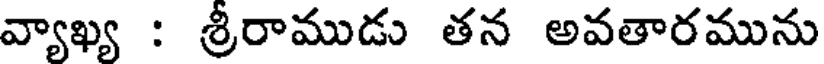
వ్యాఖ్య : శ్రీరాముడు తన అవతారమును